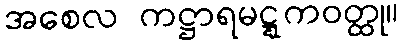
အစေလ ကဋ္ဌာရမဋ္ဋကဝတ္ထု။